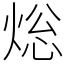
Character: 焧